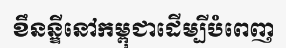
ខឹនន្ឌីនៅកម្ពុជាដើម្បីបំពេញ